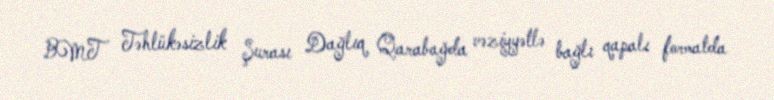
BMT Təhlükəsizlik Şurası Dağlıq Qarabağda vəziyyətlə bağlı qapalı formatda